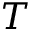
T